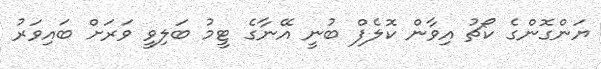
ޔަންގޮންގެ ކޯޗު އިވާން ކޮލެފް ބުނީ އޭނާގެ ޓީމު ބަލިވީ ވަރަށް ބައިވަރު